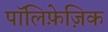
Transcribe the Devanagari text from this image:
पॉलिफ़ेज़िक